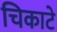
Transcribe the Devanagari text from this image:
चिकाटे